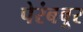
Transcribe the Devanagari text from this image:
पेरंबवूर